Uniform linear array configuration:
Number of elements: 16
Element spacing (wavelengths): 0.5
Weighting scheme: uniform
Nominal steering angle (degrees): -15
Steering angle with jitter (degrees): -14.294
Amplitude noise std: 0.05
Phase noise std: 0.05

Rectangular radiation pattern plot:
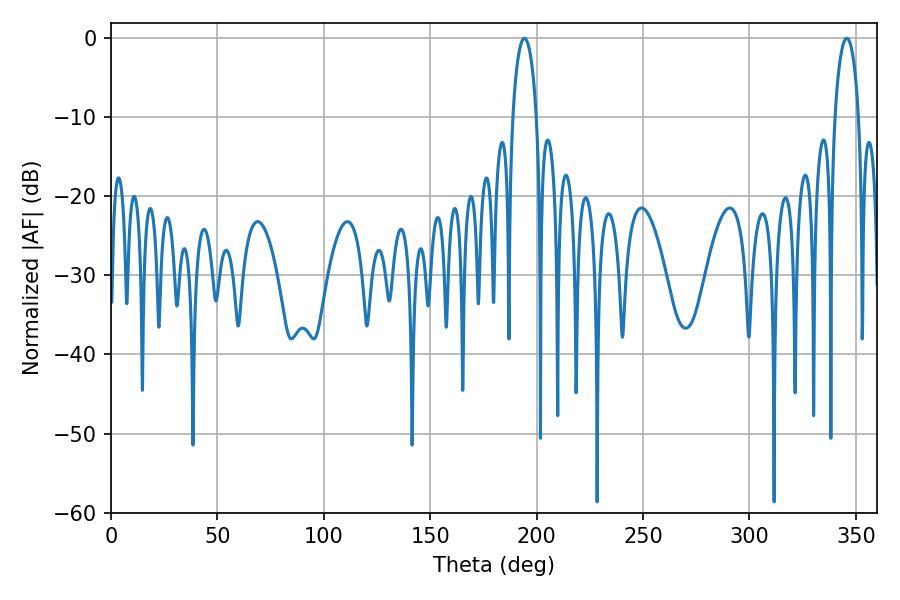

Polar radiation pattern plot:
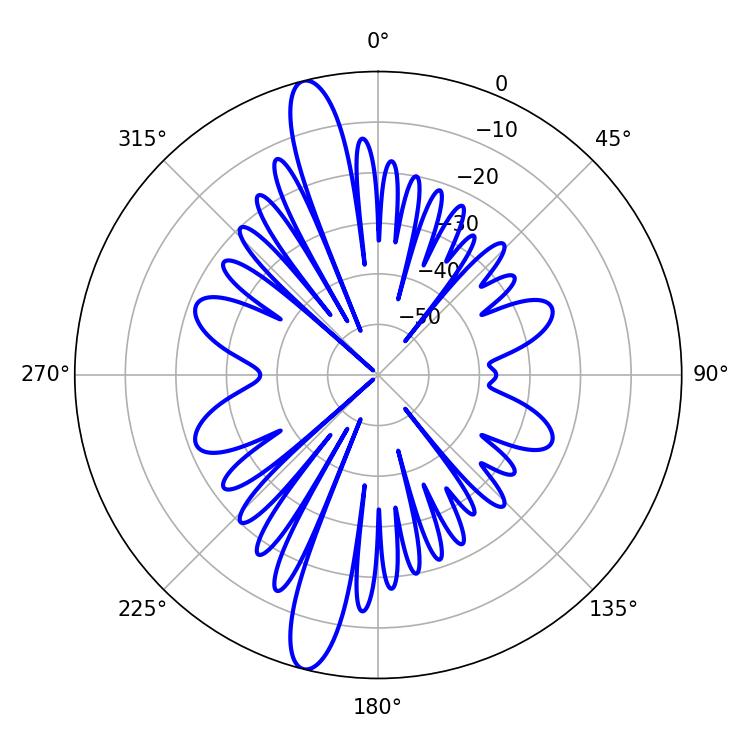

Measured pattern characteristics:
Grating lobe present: FALSE
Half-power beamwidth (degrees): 6.3
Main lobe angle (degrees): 194.22